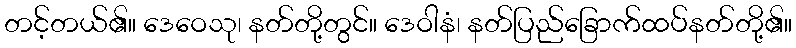
တင့်တယ်၏။ ဒေဝေသု၊ နတ်တို့တွင်။ ဒေဝါနံ၊ နတ်ပြည်ခြောက်ထပ်နတ်တို့၏။